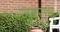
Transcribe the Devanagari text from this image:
ज़ुबरान